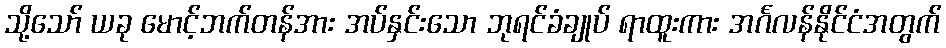
သို့သော် ယခု မောင့်ဘက်တန်အား အပ်နှင်းသော ဘုရင်ခံချုပ် ရာထူးကား အင်္ဂလန်နိုင်ငံအတွက်